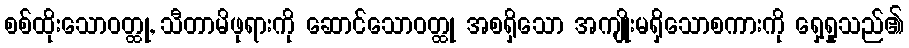
စစ်ထိုးသောဝတ္ထု, သီတာမိဖုရားကို ဆောင်သောဝတ္ထု အစရှိသော အကျိုးမရှိသောစကားကို ရှေ့ရှုသည်၏